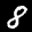
Label: 8